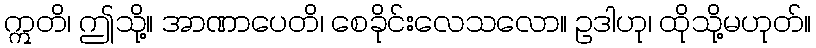
ဣတိ၊ ဤသို့။ အာဏာပေတိ၊ စေခိုင်းလေသလော။ ဥဒါဟု၊ ထိုသို့မဟုတ်။